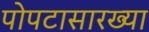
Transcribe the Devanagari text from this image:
पोपटासारख्या